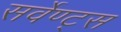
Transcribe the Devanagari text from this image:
सर्वेण्ट्स